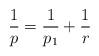
LaTeX: \begin{align*} \frac{1}{p}=\frac{1}{p_1}+\frac{1}{r} \end{align*}